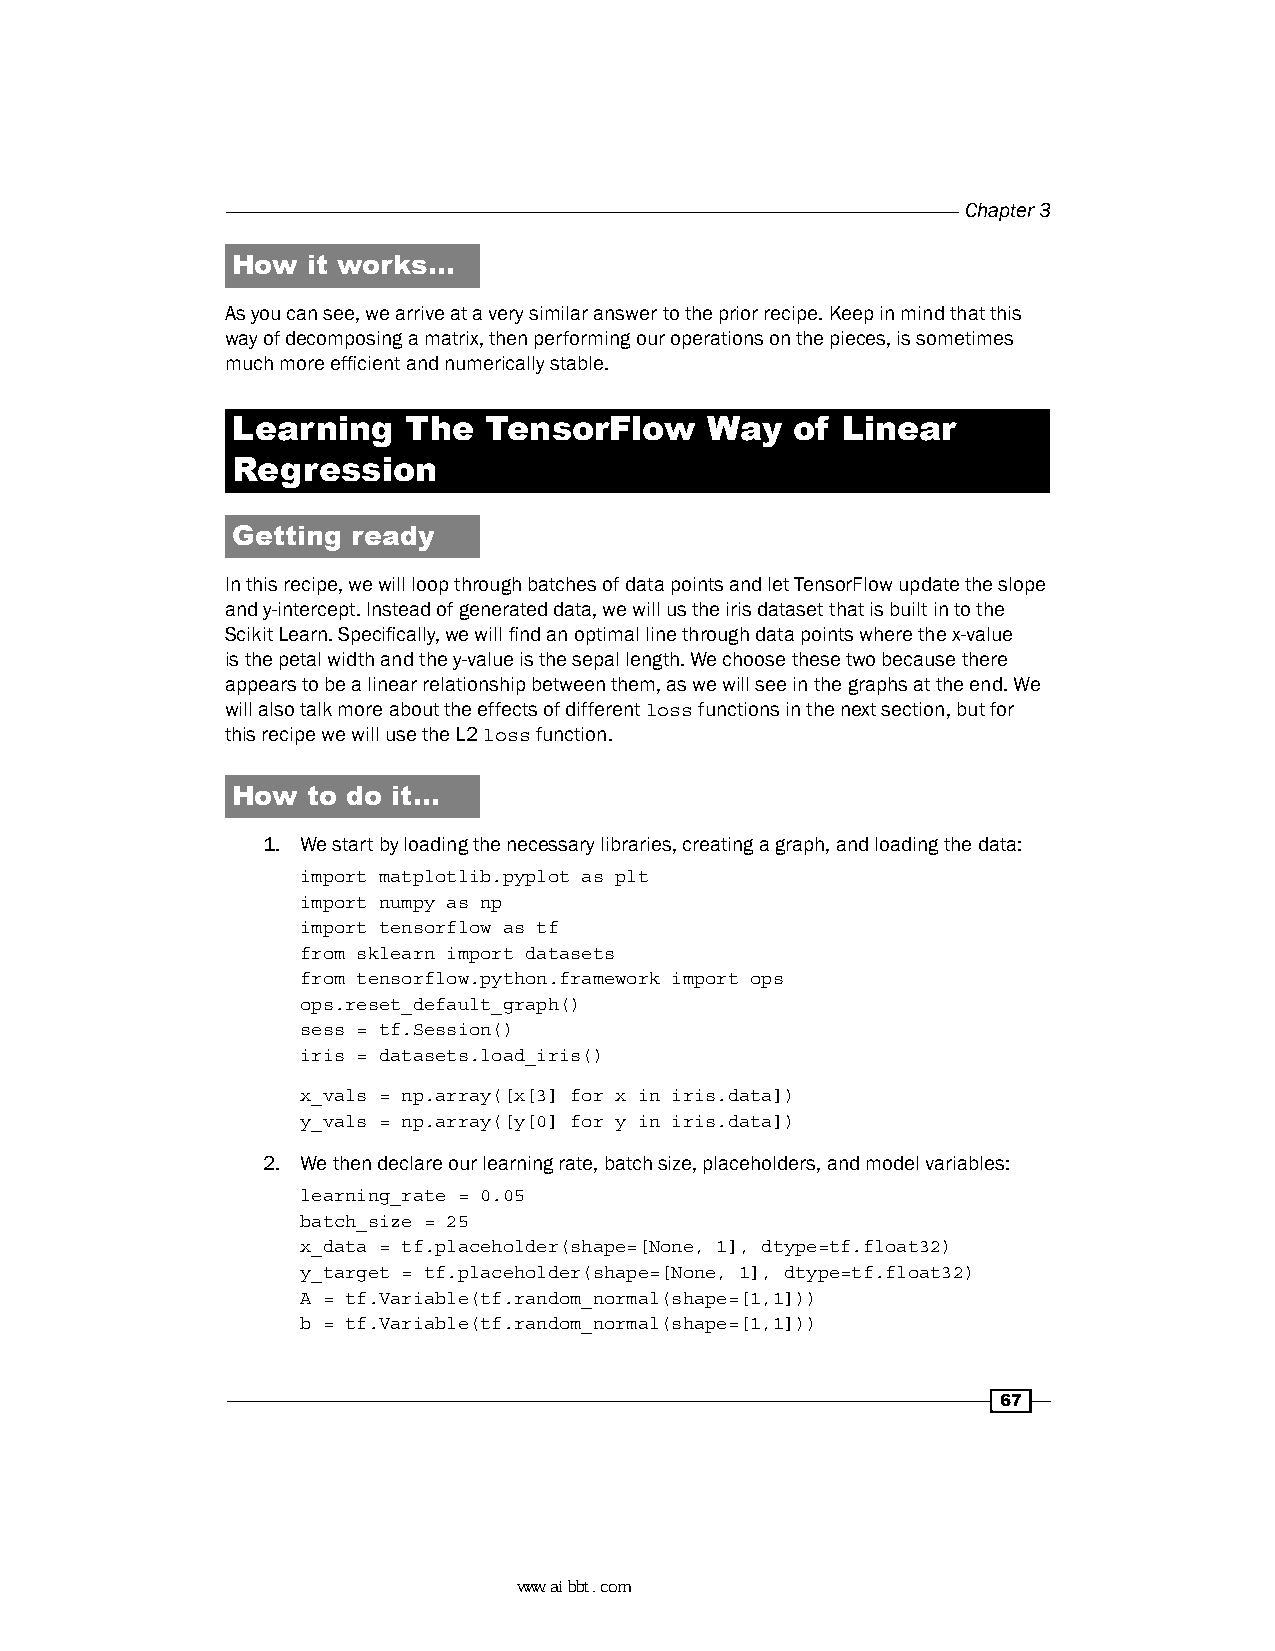
Chapter 3
 How  it works…
 As you can see, we arrive at a very similar answer to the prior recipe. Keep in mind that this
 way of decomposing a matrix, then performing our operations on the pieces, is sometimes
 much more efficient and numerically stable.
 Learning    The  TensorFlow     Way   of Linear
 Regression
 Getting ready
 In this recipe, we will loop through batches of data points and let TensorFlow update the slope
 and y-intercept. Instead of generated data, we will us the iris dataset that is built in to the
 Scikit Learn. Specifically, we will find an optimal line through data points where the x-value
 is the petal width and the y-value is the sepal length. We choose these two because there
 appears to be a linear relationship between them, as we will see in the graphs at the end. We
 will also talk more about the effects of different loss functions in the next section, but for
 this recipe we will use the L2 loss function.
 How  to do it…
 1. We start by loading the necessary libraries, creating a graph, and loading the data:
 import matplotlib.pyplot as plt
 import numpy as np
 import tensorflow as tf
 from sklearn import datasets
 from tensorflow.python.framework import ops
 ops.reset_default_graph()
 sess = tf.Session()
 iris = datasets.load_iris()
 x_vals = np.array([x[3] for x in iris.data])
 y_vals = np.array([y[0] for y in iris.data])
 2. We then declare our learning rate, batch size, placeholders, and model variables:
 learning_rate = 0.05
 batch_size = 25
 x_data = tf.placeholder(shape=[None, 1], dtype=tf.float32)
 y_target = tf.placeholder(shape=[None, 1], dtype=tf.float32)
 A = tf.Variable(tf.random_normal(shape=[1,1]))
 b = tf.Variable(tf.random_normal(shape=[1,1]))
 67
 www.aibbt.com 让未来触手可及